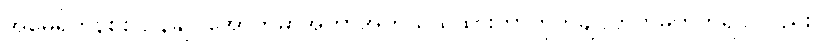
အမေရိကန်စစ်ဌာနချုပ်အောက်မှာအကာအကွယ်ယူထားတာဟုတ်ချင်ဟုတ်မဟုတ်ရင် လည်း